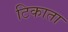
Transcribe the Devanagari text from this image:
टिकाता